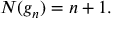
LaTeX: N ( g _ { n } ) = n + 1 .